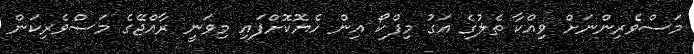
މަސްވެރިންނަށް ވިއްކާ ތެލުގެ އަގު މިފްކޯ އިން ހެޔޮކޮށްފައި މިވަނީ ރާއްޖޭގެ މަސްވެރިކަން